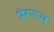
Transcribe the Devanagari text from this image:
दिवाणपद